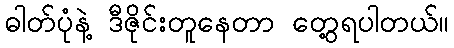
ဓါတ်ပုံနဲ့ ဒီဇိုင်းတူနေတာ တွေ့ရပါတယ်။